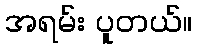
အရမ်း ပူတယ်။